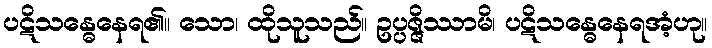
ပဋိသန္ဓေနေရ၏။ သော၊ ထိုသူသည်။ ဥပ္ပဇ္ဇိဿာမိ၊ ပဋိသန္ဓေနေရအံ့ဟု။